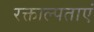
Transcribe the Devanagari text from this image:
रक्ताल्पताएं